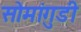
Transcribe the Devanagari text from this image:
सोमांगुडी